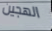
الهجين